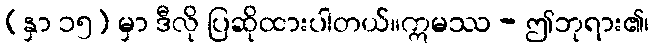
(နှာ ၁၅) မှာ ဒီလို ပြဆိုထားပါတယ်။ဣမဿ - ဤဘုရား၏၊